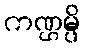
ကဏ္ဌမ္ပိ